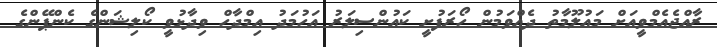
ރާއްޖެއެމްވީއަށް މައުލޫމާތު ދެއްވަމުން ހޯރަފުށީ ކައުންސިލަރު އަހުމަދު އިމްދާހް ވިދާޅުވީ ކޯލިޝަންގެ ކެންޕޭންގެ